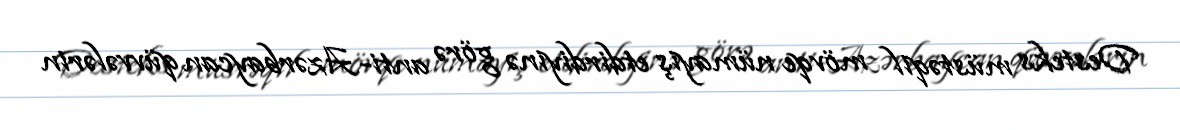
Desteks müstəqil mövqe nümayiş etdirdiyinə görə anti-Azərbaycan qüvvələrin